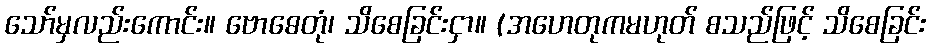
သော်မှလည်းကောင်း။ ဗောဓေတုံ၊ သိစေခြင်းငှာ။ (အဟေတုကမဟုတ် စသည်ဖြင့် သိစေခြင်း